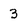
Character: 3